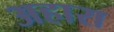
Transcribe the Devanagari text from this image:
अहारा